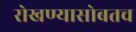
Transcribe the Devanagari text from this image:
रोखण्यासोबतच